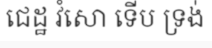
ជេដ្ឋ វំសោ ទើប ទ្រង់